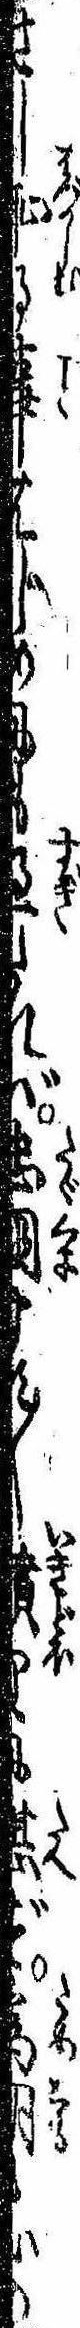
さし恥る事はじめにも過たれば忠国ます〱憤りに堪ず為朝も心の